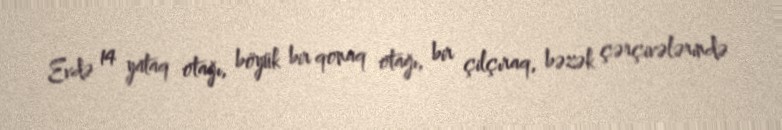
Evdə 14 yataq otağı, böyük bir qonaq otağı, bir çilçıraq, bəzək çərçivələrində